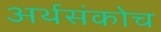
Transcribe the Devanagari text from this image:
अर्थसंकोच